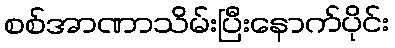
စစ်အာဏာသိမ်းပြီးနောက်ပိုင်း